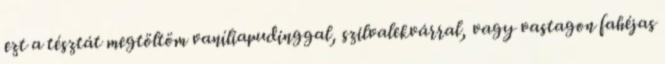
ezt a tésztát megtöltöm vaníliapudinggal, szilvalekvárral, vagy vastagon fahéjas